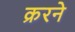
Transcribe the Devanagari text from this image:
क्ररने